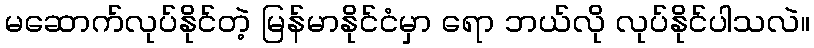
မဆောက်လုပ်နိုင်တဲ့ မြန်မာနိုင်ငံမှာ ရော ဘယ်လို လုပ်နိုင်ပါသလဲ။